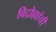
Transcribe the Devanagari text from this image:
विद्रोह्यांची